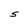
Character: S